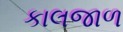
કાલજાળ